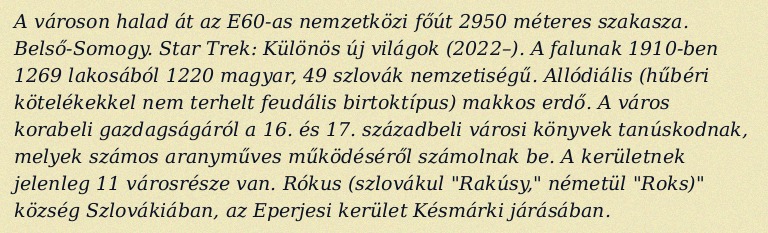
A városon halad át az E60-as nemzetközi főút 2950 méteres szakasza. Belső-Somogy. Star Trek: Különös új világok (2022–). A falunak 1910-ben 1269 lakosából 1220 magyar, 49 szlovák nemzetiségű. Allódiális (hűbéri kötelékekkel nem terhelt feudális birtoktípus) makkos erdő. A város korabeli gazdagságáról a 16. és 17. századbeli városi könyvek tanúskodnak, melyek számos aranyműves működéséről számolnak be. A kerületnek jelenleg 11 városrésze van. Rókus (szlovákul "Rakúsy," németül "Roks)" község Szlovákiában, az Eperjesi kerület Késmárki járásában.